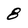
Character: 8